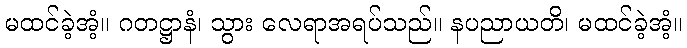
မထင်ခဲ့အံ့။ ဂတဋ္ဌာနံ၊ သွား လေရာအရပ်သည်။ နပညာယတိ၊ မထင်ခဲ့အံ့။